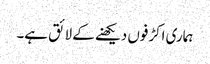
ہماری اکڑفوں دیکھنے کے لائق ہے۔